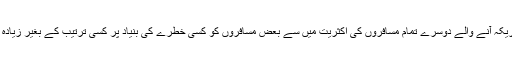
اس کے علاوہ بین الاقوامی پروازوں سے امریکہ آنے والے دوسرے تمام مسافروں کی اکثریت میں سے بعض مسافروں کو کسی خطرے کی بنیاد پر کسی ترتیب کے بغیر زیادہ سخت چیکنگ کے لیے الگ کر لیا جائے گا۔